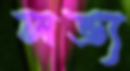
লভ্য